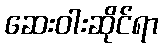
ဆေးဝါးဆိုင်ရာ